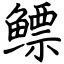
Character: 鳔